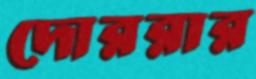
দোররার